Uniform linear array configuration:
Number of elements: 48
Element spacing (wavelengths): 0.75
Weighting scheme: uniform
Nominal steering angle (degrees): -60
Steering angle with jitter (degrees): -60.948
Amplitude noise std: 0.05
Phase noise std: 0.05

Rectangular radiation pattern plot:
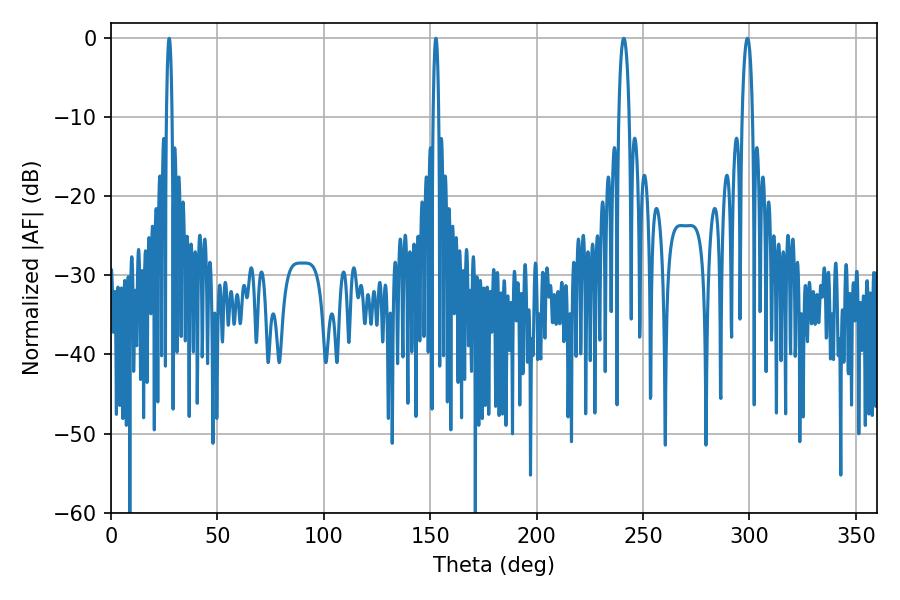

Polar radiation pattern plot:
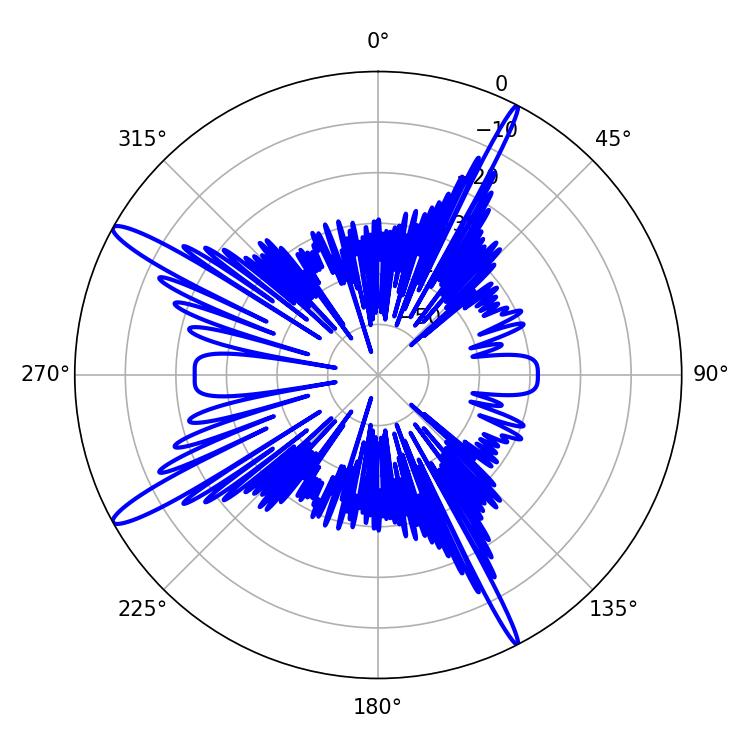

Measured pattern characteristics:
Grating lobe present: TRUE
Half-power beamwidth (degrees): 1.44
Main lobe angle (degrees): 27.36